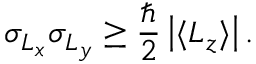
\sigma _ { L _ { x } } \sigma _ { L _ { y } } \geq { \frac { \hbar } { 2 } } \left| \langle L _ { z } \rangle \right| .